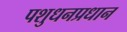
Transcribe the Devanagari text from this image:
पशुधनप्रधान